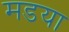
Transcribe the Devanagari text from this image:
मडया